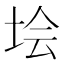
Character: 𡋗